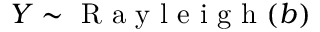
Y \sim { \textrm { R a y l e i g h } } ( b )